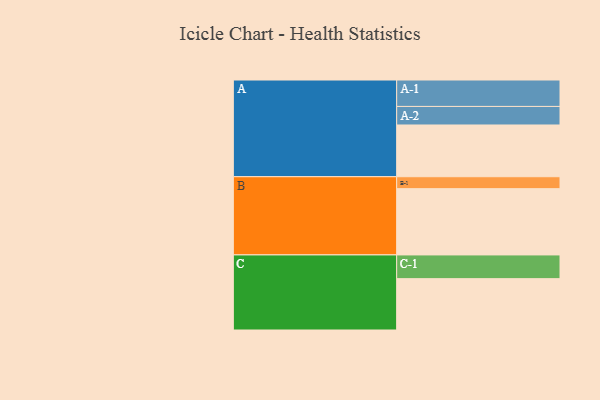
{"axis": {"x": "Segment", "y": "Value"}, "legend": ["", "A", "B", "C"], "data": [{"x": "A", "y": 399, "type": ""}, {"x": "B", "y": 511, "type": ""}, {"x": "C", "y": 396, "type": ""}, {"x": "A-1", "y": 204, "type": "A"}, {"x": "A-2", "y": 143, "type": "A"}, {"x": "B-1", "y": 92, "type": "B"}, {"x": "C-1", "y": 183, "type": "C"}]}